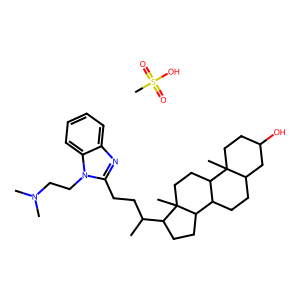
SMILES: CC(CCc1nc2ccccc2n1CCN(C)C)C1CCC2C3CCC4CC(O)CCC4(C)C3CCC12C.CS(=O)(=O)O
Inhibits HIV replication: No